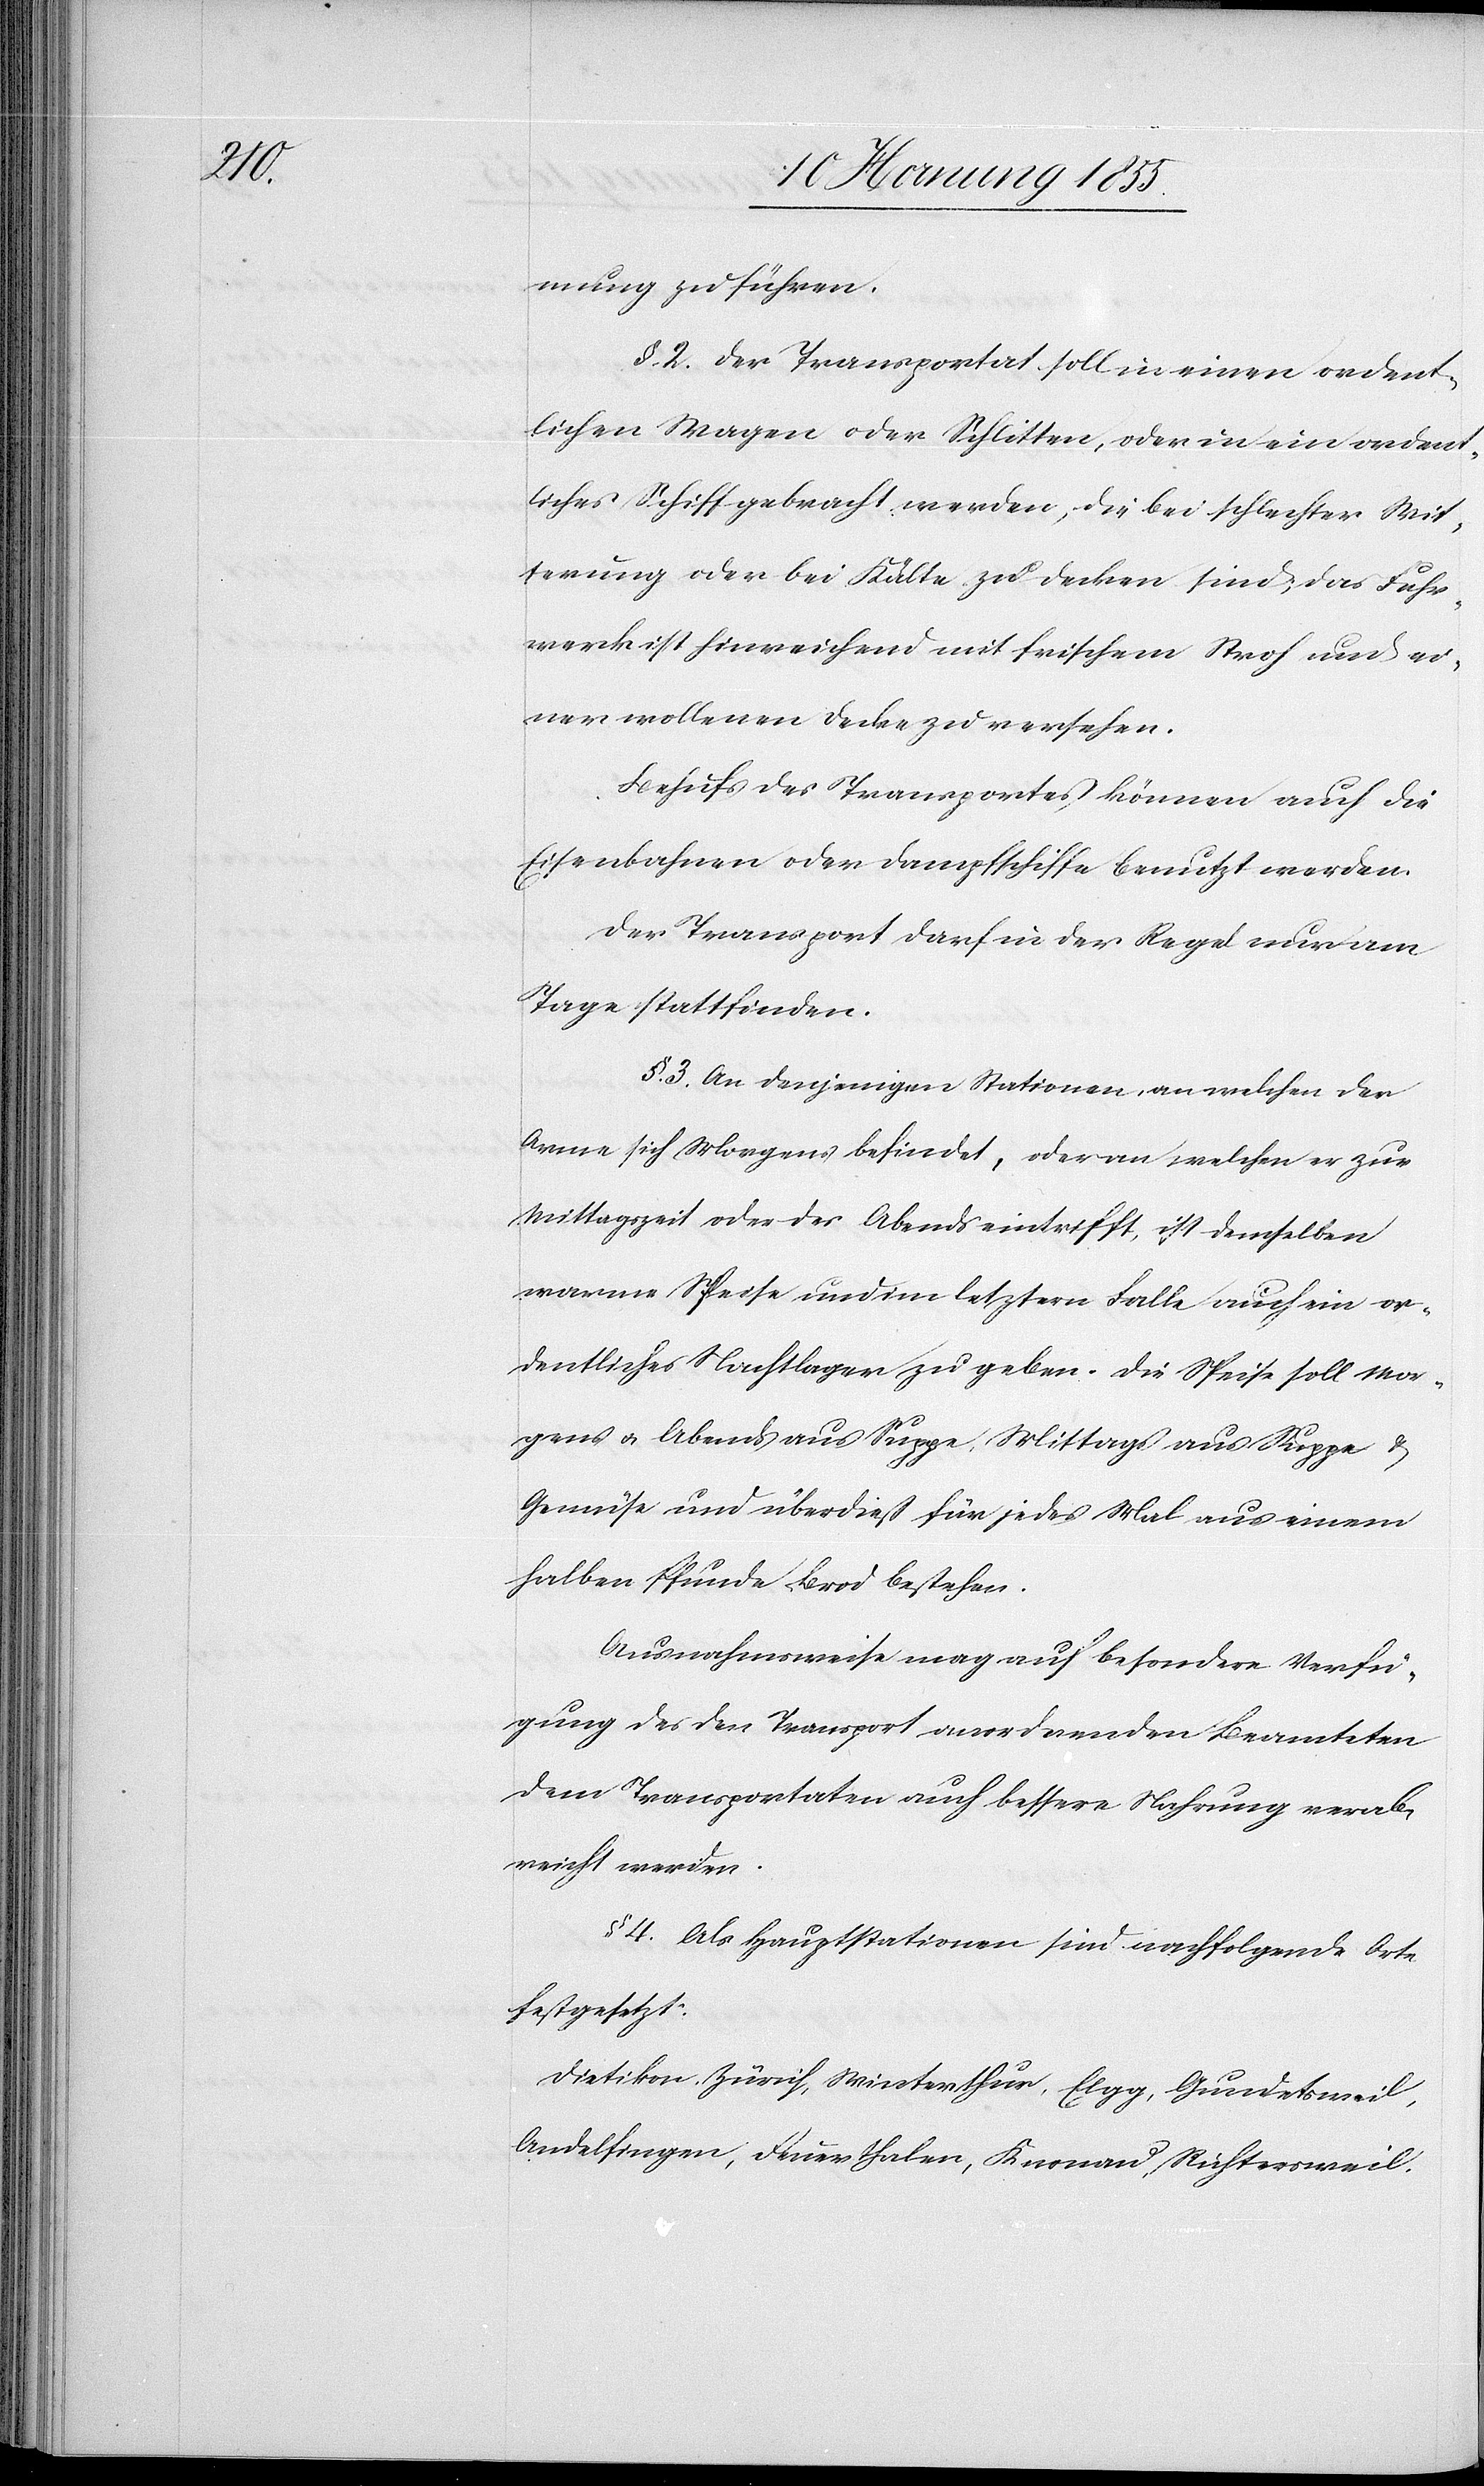
mung zu führen.
§. 2. Der Transport soll in einen ordent¬
lichen Wagen oder Schlitten, oder in ein ordent¬
liches Schiff gebracht werden, die bei schlechter Wit¬
terung oder bei Kälte zu decken sind; das Fuhr¬
werk ist hinreichend mit frischem Stroh und ei¬
ner wollenen Decke zu versehen.
Behufs des Transportes können auch die
Eisenbahnen oder Dampfschiffe benutzt werden.
Der Transport darf in der Regel nur am
Tage stattfinden.
§. 3. An denjenigen Stationen, an welchen der
Arme sich Morgens befindet, oder an welchen er zur
Mittagszeit oder des Abends eintrifft, ist demselben
warme Speise und im letztern Falle auch ein or¬
dentliches Nachtlager zu geben. Die Speise soll Mor¬
gens & Abends aus Suppe, Mittags aus Suppe &
Gemüse und überdieß für jedes Mal aus einem
halben Pfunde Brod bestehen.
Ausnahmsweise mag auf besondere Verfü¬
gung des den Transport anordnenden Beamteten
dem Transportaten auch bessere Nahrung verab¬
reicht werden.
§ 4. Als Hauptstationen sind nachfolgende Orte
festgesetzt:
Dietikon, Zürich, Winterthur, Elgg, Gundetsweil,
Andelfingen, Feuerthalen, Knonau, Richtersweil,